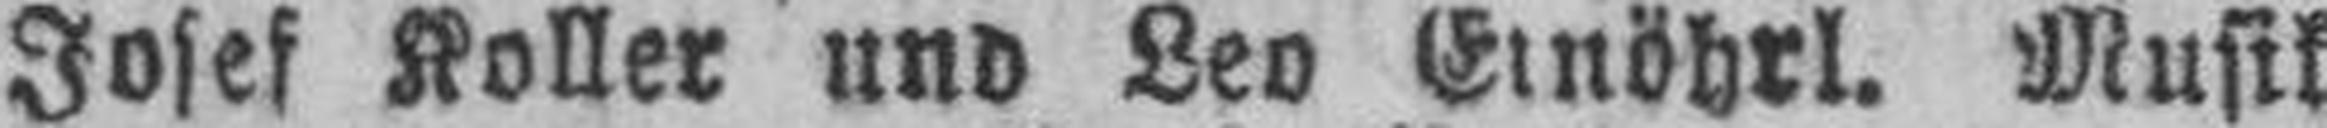
Josef Koller und Leo Einöhrl. Musik